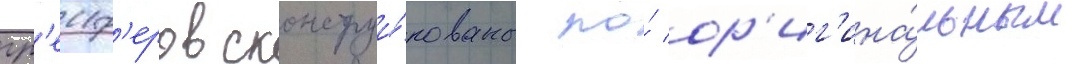
гр'еиф'еров сконструи́рованы по́ ор'иг'ина́льным